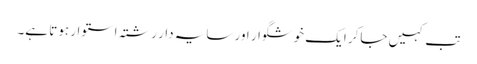
تب کہیں جاکر ایک خوشگوار اور سایہ دار رشتہ استوار ہوتا ہے۔